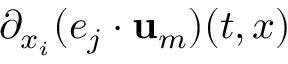
\partial _ { x _ { i } } ( e _ { j } \cdot \mathbf { u } _ { m } ) ( t , x )